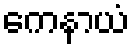
ကေနာယံ